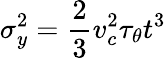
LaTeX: \sigma_{y}^{2}=\frac{2}{3}v_{c}^{2}\tau_{\theta}t^{3}